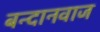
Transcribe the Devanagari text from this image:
बन्दानवाज